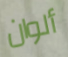
ألوان